Indian journal of veterinary science and animal husbandry - Volumes 24-25, 1954-1955
Year: 1954
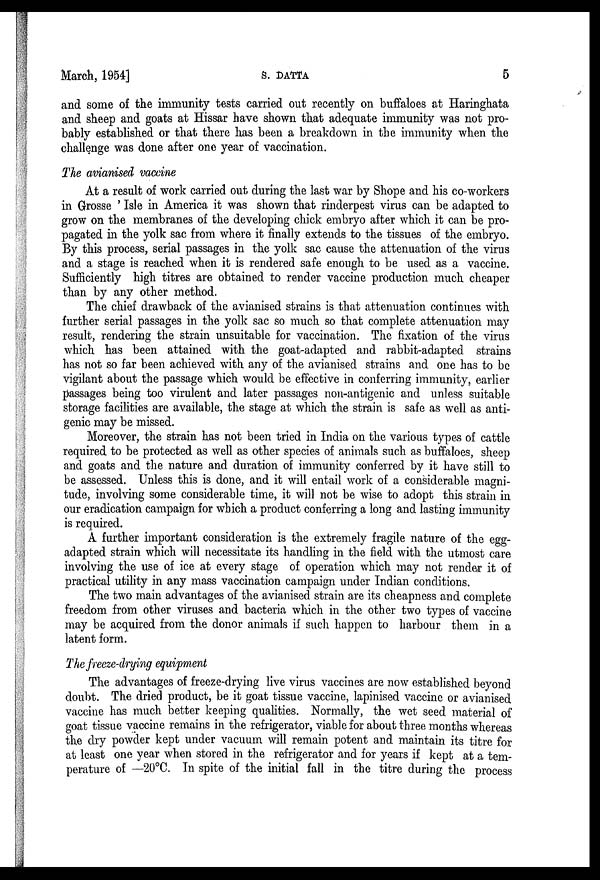
March, 1954]
S.
DATTA
5
and some of the immunity tests carried out recently on buffaloes at Haringhata
and sheep and goats at Hissar have shown that adequate immunity was not pro-
bably established or that there has been a breakdown in the immunity when the
challenge was done after one year of vaccination.
The avianised vaccine
At a result of work carried out during the last war by Shope and his co-workers
in Grosse ' Isle in America it was shown that rinderpest virus can be adapted to
grow on the membranes of the developing chick embryo after which it can be pro-
pagated in the yolk sac from where it finally extends to the tissues of the embryo.
By this process, serial passages in the yolk sac cause the attenuation of the virus
and a stage is reached when it is rendered safe enough to be used as a vaccine.
Sufficiently high titres are obtained to render vaccine production much cheaper
than by any other method.
The chief drawback of the avianised strains is that attenuation continues with
further serial passages in the yolk sac so much so that complete attenuation may
result, rendering the strain unsuitable for vaccination. The fixation of the virus
which has been attained with the goat-adapted and rabbit-adapted strains
has not so far been achieved with any of the avianised strains and one has to be
vigilant about the passage which would be effective in conferring immunity, earlier
passages being too virulent and later passages non-antigenic and unless suitable
storage facilities are available, the stage at which the strain is safe as well as anti-
genic may be missed.
Moreover, the strain has not been tried in India on the various types of cattle
required to be protected as well as other species of animals such as buffaloes, sheep
and goats and the nature and duration of immunity conferred by it have still to
be assessed. Unless this is done, and it will entail work of a considerable magni-
tude, involving some considerable time, it will not be wise to adopt this strain in
our eradication campaign for which a product conferring a long and lasting immunity
is required.
A further important consideration is the extremely fragile nature of the egg-
adapted strain which will necessitate its handling in the field with the utmost care
involving the use of ice at every stage of operation which may not render it of
practical utility in any mass vaccination campaign under Indian conditions.
The two main advantages of the avianised strain are its cheapness and complete
freedom from other viruses and bacteria which in the other two types of vaccine
may be acquired from the donor animals if such happen to harbour them in a
latent form.
The freeze-drying equipment
The advantages of freeze-drying live virus vaccines are now established beyond
doubt. The dried product, be it goat tissue vaccine, lapinised vaccine or avianised
vaccine has much better keeping qualities. Normally, the wet seed material of
goat tissue vaccine remains in the refrigerator, viable for about three months whereas
the dry powder kept under vacuum will remain potent and maintain its titre for
at least one year when stored in the refrigerator and for years if kept at a tem-
perature of —20ºC. In spite of the initial fall in the titre during the process